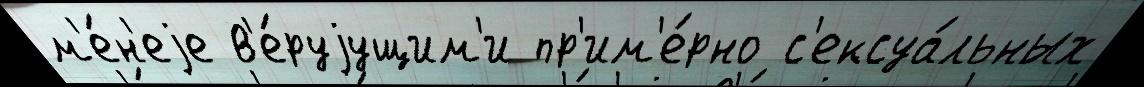
м'е́н'еjе в'е́руjущим'и пр'им'е́рно с'ексуа́льных